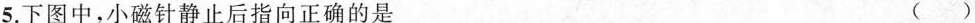
5.下图中，小磁针静止后指向正确的是 ()